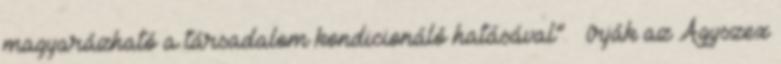
magyarázható a társadalom kondicionáló hatásával” – írják az Agyszex